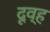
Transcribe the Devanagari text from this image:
दूव्ह